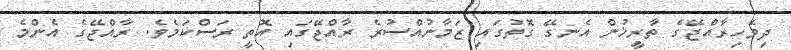
ދިވެހިރާއްޖޭގެ ތާރީޚުން އެނގޭ ގޮތުގައި ޒަމާނުއްސުރެ ރާއްޖޭގައި އޮތީ ރަސްކަމެވެ. ރާއްޖޭގެ އެންމެ